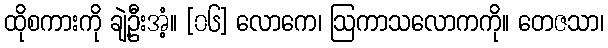
ထိုစကားကို ချဲ့ဦးအံ့။ [၀၆] လောကေ၊ ဩကာသလောကကို။ တေဇသာ၊